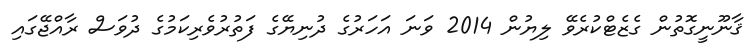
ޤާނޫނީގޮތުން ގެޒެޓްކުރެވޭ ލިޔުން 2014 ވަނަ އަހަރުގެ ދުނިޔޭގެ ފަތުރުވެރިކަމުގެ ދުވަސް ރާއްޖޭގައި